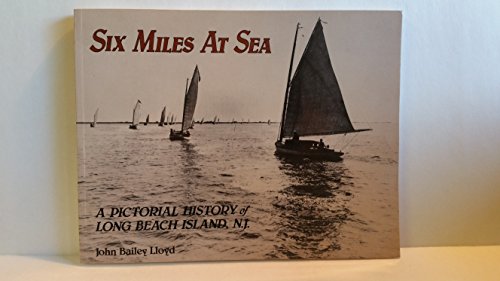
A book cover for Six Miles at Sea: A Pictorial History of Long Beach Island, New Jersey; John Bailey Lloyd; Travel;